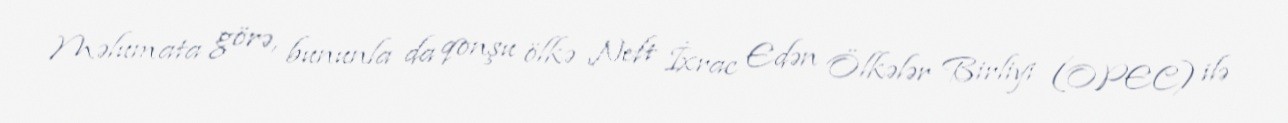
Məlumata görə, bununla da qonşu ölkə Neft İxrac Edən Ölkələr Birliyi (OPEC) ilə